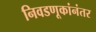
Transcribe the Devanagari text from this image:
निवडणूकांनंतर